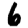
Digit: 6